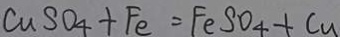
c u S O _ { 4 } + F e = F e S O _ { 4 } + C _ { U }